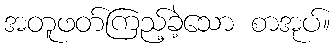
အတူဖတ်ကြည့်ခဲ့သော စာအုပ်။